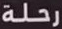
رحلة